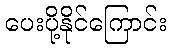
ပေးပို့နိုင်ကြောင်း